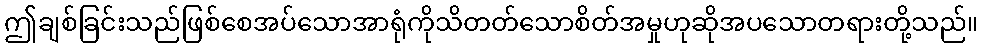
ဤချစ်ခြင်းသည်ဖြစ်စေအပ်သောအာရုံကိုသိတတ်သောစိတ်အမှုဟုဆိုအပသောတရားတို့သည်။